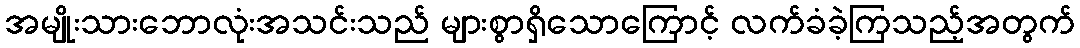
အမျိုးသားဘောလုံးအသင်းသည် များစွာရှိသောကြောင့် လက်ခံခဲ့ကြသည့်အတွက်